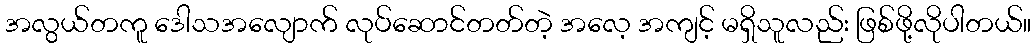
အလွယ်တကူ ဒေါသအလျောက် လုပ်ဆောင်တတ်တဲ့ အလေ့ အကျင့် မရှိသူလည်း ဖြစ်ဖို့လိုပါတယ်။